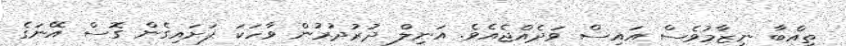
ތިއްބާ ނިޒާމުވެސް އައިސް ވަދެއްޖެއެވެ. އަނިލް ދުރުދުރުން ވާހަކަ ފަށައިގެން ގޮސް އޭނަގެ